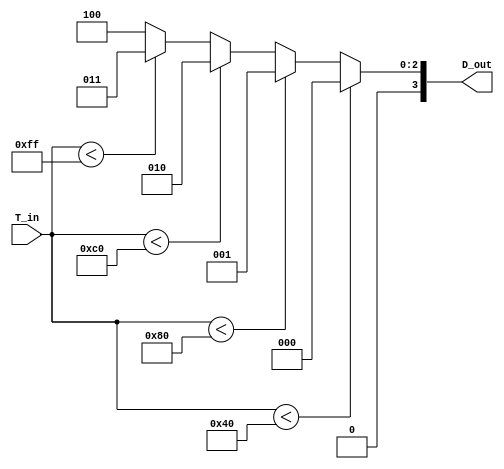
module thermal_encoder (
    input wire [7:0] T_in,  // 8-bit analog temperature input (scaled)
    output reg [3:0] D_out  // 4-bit digital output
);

// Define reference voltage levels (scaled for 8-bit input)
parameter REF_0C = 8'd0;    // 0C
parameter REF_25C = 8'd64;   // 25C
parameter REF_50C = 8'd128;  // 50C
parameter REF_75C = 8'd192;  // 75C
parameter REF_100C = 8'd255; // 100C

always @(*) begin
    // Default output
    D_out = 4'b0000;

    // Comparator logic
    if (T_in < REF_25C) begin
        D_out = 4'b0000; // 0C to < 25C
    end else if (T_in < REF_50C) begin
        D_out = 4'b0001; // 25C to < 50C
    end else if (T_in < REF_75C) begin
        D_out = 4'b0010; // 50C to < 75C
    end else if (T_in < REF_100C) begin
        D_out = 4'b0011; // 75C to < 100C
    end else begin
        D_out = 4'b0100; // 100C and above
    end
end

endmodule